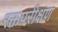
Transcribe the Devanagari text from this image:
रक्तपरीक्षण